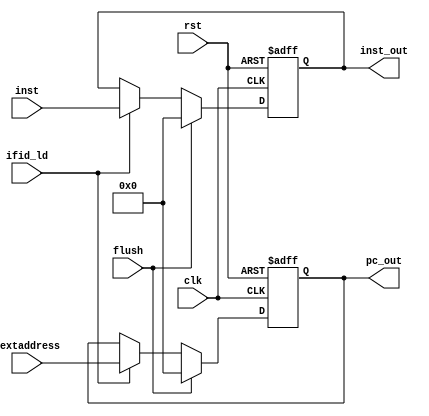
module ifid(inst,nextaddress,clk,rst,ifid_ld,flush,pc_out,inst_out);
  
  input clk,rst,ifid_ld,flush;
  input [31:0] inst,nextaddress;
  output [31:0] pc_out,inst_out;
  reg [31:0] pc_out,inst_out;
  
  always @(posedge clk,posedge rst)
  begin
    if (rst == 1'b1) begin
      pc_out = 32'b0;
      inst_out = 32'b0;
    end
    else if (flush == 1'b1) begin
      pc_out = 32'b0;
      inst_out = 32'b0; 
    end
    else if (ifid_ld == 1'b1) begin
      pc_out = nextaddress;
      inst_out = inst;
    end
    else begin
      pc_out = pc_out;
      inst_out = inst_out;  
    end
  end
  
endmodule